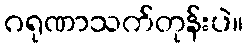
ဂရုဏာသက်တုန်းပဲ။